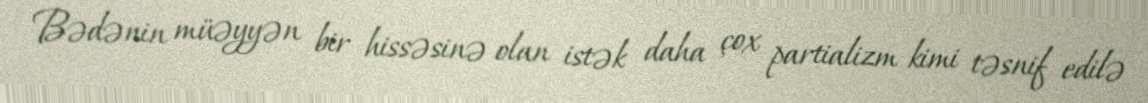
Bədənin müəyyən bir hissəsinə olan istək daha çox partializm kimi təsnif edilə